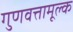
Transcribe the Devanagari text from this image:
गुणवत्तामूल्क